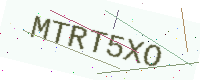
Text: MTRT5XO